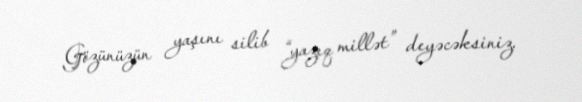
Gözünüzün yaşını silib “yazıq millət” deyəcəksiniz.